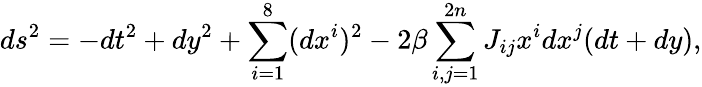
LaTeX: ds^{2}=-dt^{2}+dy^{2}+\sum_{i=1}^{8}(dx^{i})^{2}-2\beta\sum_{i,j=1}^{2n}J_{ij}x^{i}dx^{j}(dt+dy),